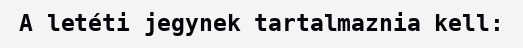
A letéti jegynek tartalmaznia kell: